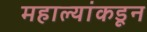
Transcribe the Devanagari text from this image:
महाल्यांकडून